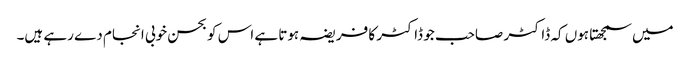
میں سمجھتا ہوں کہ ڈاکٹر صاحب جو ڈاکٹر کا فریضہ ہوتا ہے اس کو بحسن خوبی انجام دے رہے ہیں۔